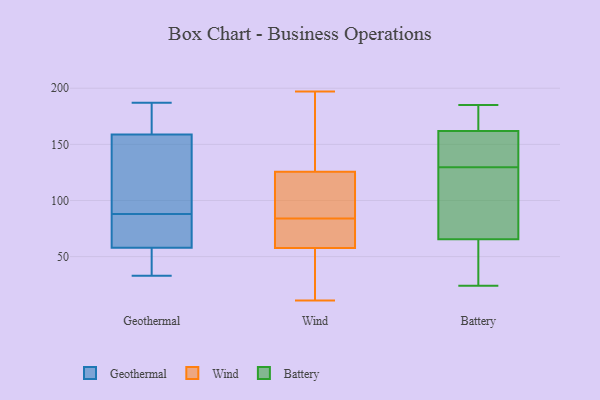
{"axis": {"x": "Conversion Rate (%)", "y": "Value"}, "legend": ["Battery", "Geothermal", "Wind"], "data": [{"x": "", "y": 152, "type": "Geothermal"}, {"x": "", "y": 113, "type": "Geothermal"}, {"x": "", "y": 187, "type": "Geothermal"}, {"x": "", "y": 60, "type": "Geothermal"}, {"x": "", "y": 88, "type": "Geothermal"}, {"x": "", "y": 80, "type": "Geothermal"}, {"x": "", "y": 181, "type": "Geothermal"}, {"x": "", "y": 81, "type": "Geothermal"}, {"x": "", "y": 67, "type": "Geothermal"}, {"x": "", "y": 128, "type": "Geothermal"}, {"x": "", "y": 125, "type": "Geothermal"}, {"x": "", "y": 33, "type": "Geothermal"}, {"x": "", "y": 52, "type": "Geothermal"}, {"x": "", "y": 46, "type": "Geothermal"}, {"x": "", "y": 181, "type": "Geothermal"}, {"x": "", "y": 179, "type": "Geothermal"}, {"x": "", "y": 40, "type": "Geothermal"}, {"x": "", "y": 84, "type": "Wind"}, {"x": "", "y": 45, "type": "Wind"}, {"x": "", "y": 112, "type": "Wind"}, {"x": "", "y": 62, "type": "Wind"}, {"x": "", "y": 24, "type": "Wind"}, {"x": "", "y": 95, "type": "Wind"}, {"x": "", "y": 11, "type": "Wind"}, {"x": "", "y": 84, "type": "Wind"}, {"x": "", "y": 192, "type": "Wind"}, {"x": "", "y": 69, "type": "Wind"}, {"x": "", "y": 197, "type": "Wind"}, {"x": "", "y": 68, "type": "Wind"}, {"x": "", "y": 166, "type": "Wind"}, {"x": "", "y": 128, "type": "Battery"}, {"x": "", "y": 142, "type": "Battery"}, {"x": "", "y": 166, "type": "Battery"}, {"x": "", "y": 83, "type": "Battery"}, {"x": "", "y": 27, "type": "Battery"}, {"x": "", "y": 30, "type": "Battery"}, {"x": "", "y": 185, "type": "Battery"}, {"x": "", "y": 131, "type": "Battery"}, {"x": "", "y": 158, "type": "Battery"}, {"x": "", "y": 171, "type": "Battery"}, {"x": "", "y": 175, "type": "Battery"}, {"x": "", "y": 48, "type": "Battery"}, {"x": "", "y": 24, "type": "Battery"}, {"x": "", "y": 118, "type": "Battery"}, {"x": "", "y": 151, "type": "Battery"}, {"x": "", "y": 119, "type": "Battery"}]}